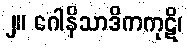
၂။ ဂေါနိသာဒိကကုဋိ၊